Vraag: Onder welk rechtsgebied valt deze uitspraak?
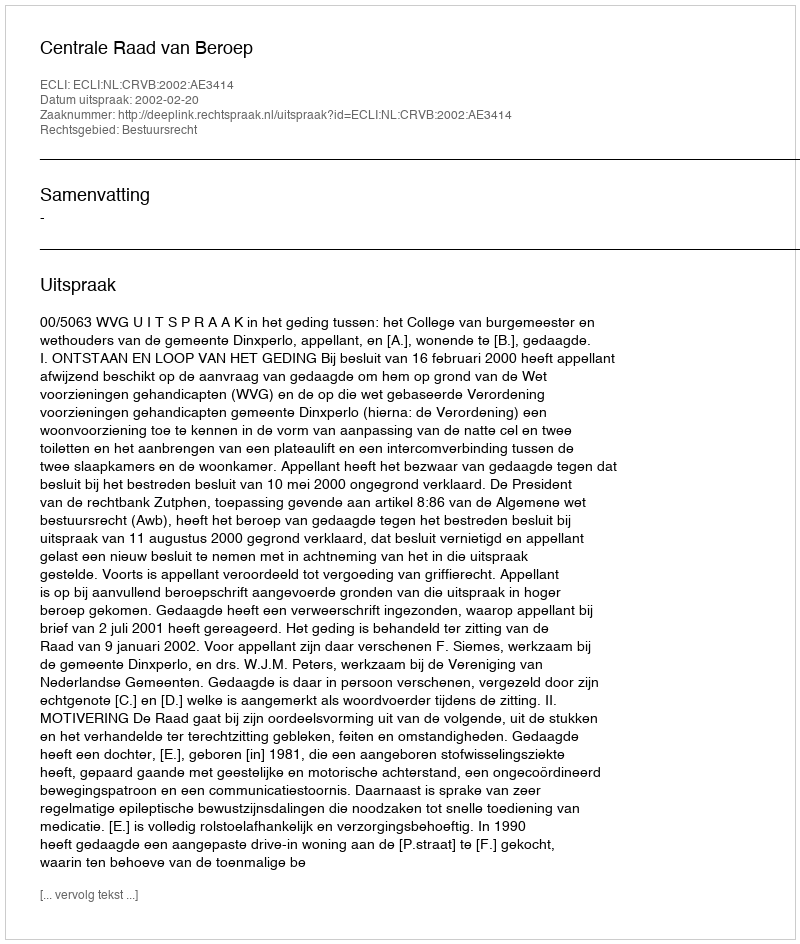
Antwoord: Bestuursrecht